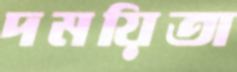
দময়িতা